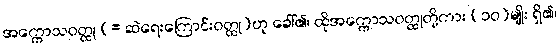
အက္ကောသဝတ္ထု (= ဆဲရေးကြောင်းဝတ္ထု)ဟု ခေါ်၏၊ ထိုအက္ကောသဝတ္ထုတို့ကား (၁၀)မျိုး ရှိ၏၊